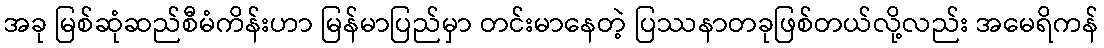
အခု မြစ်ဆုံဆည်စီမံကိန်းဟာ မြန်မာပြည်မှာ တင်းမာနေတဲ့ ပြဿနာတခုဖြစ်တယ်လို့လည်း အမေရိကန်